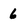
Character: 6